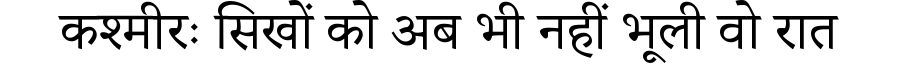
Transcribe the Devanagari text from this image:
कश्मीरः सिखों को अब भी नहीं भूली वो रात